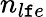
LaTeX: n_{l\mathtt{f}e}